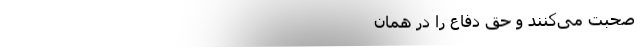
صحبت می‌‌‌‌‌‌‌‌‌‌‌‌‌‌‌‌‌‌‌‌‌‌‌‌‌‌‌‌‌‌‌‌‌‌‌کنند و حق دفاع را در همان